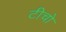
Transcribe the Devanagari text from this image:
टीचो